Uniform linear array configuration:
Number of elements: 12
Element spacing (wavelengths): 0.25
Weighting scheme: kaiser
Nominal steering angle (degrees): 30
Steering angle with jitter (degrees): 31.576
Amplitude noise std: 0.05
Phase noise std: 0.05

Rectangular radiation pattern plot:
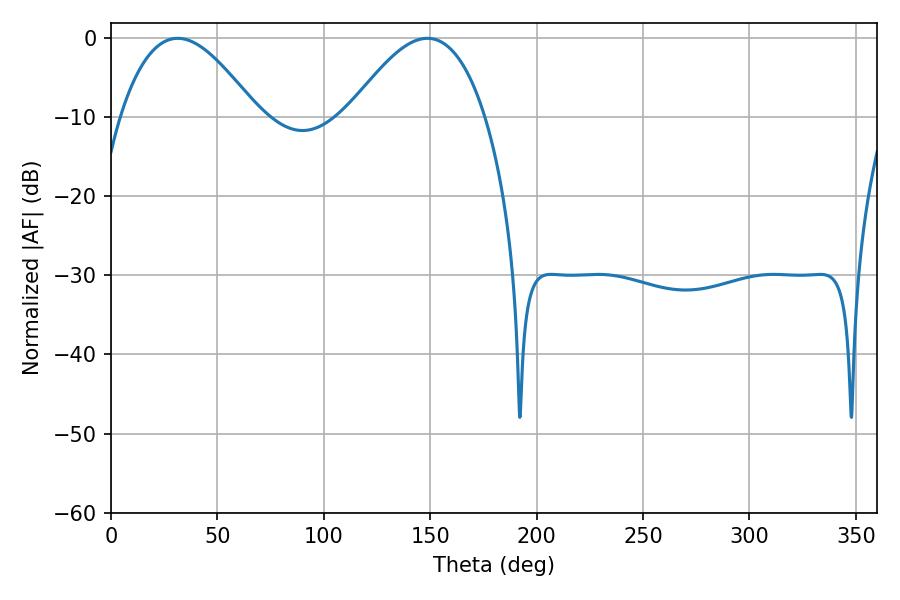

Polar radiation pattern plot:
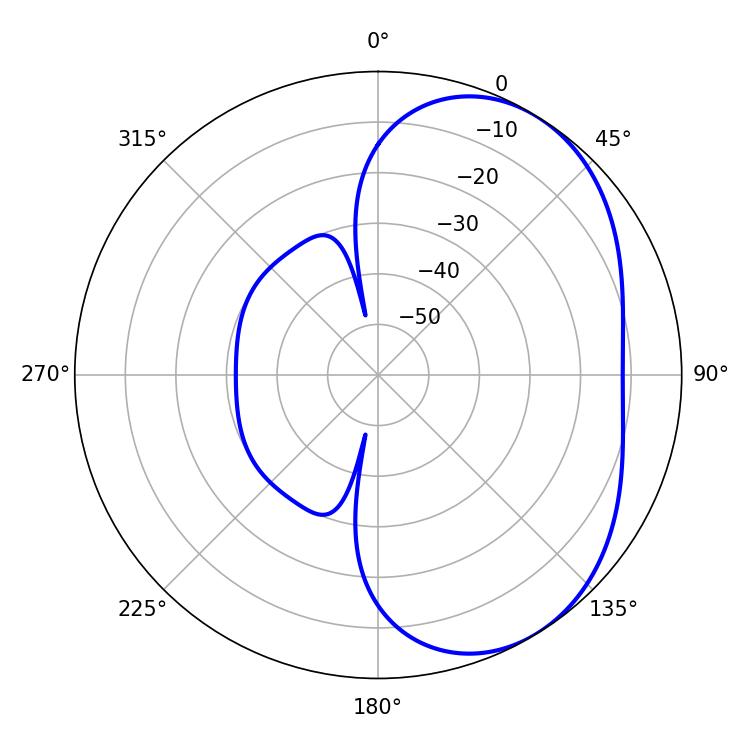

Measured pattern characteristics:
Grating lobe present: FALSE
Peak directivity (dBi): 4.155
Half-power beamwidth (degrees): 34.92
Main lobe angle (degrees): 31.32